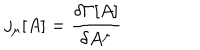
j _ { \mu } [ A ] = \frac { \delta \Gamma [ A ] } { \delta A ^ { \mu } }